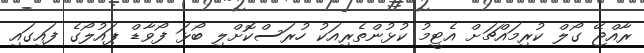
ރާއްޖޭ ގޯލް ކުރިމައްޗަށް އެޓީމު ކުޅުންތެރިއަކު ހުރަސްކޮށްލި ބޯޅަ ފޯވާޑް ޕައުލޯގެ ފައިގައި